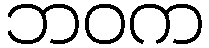
ဘဝက